Circular to Secondary Education Committee, 1906
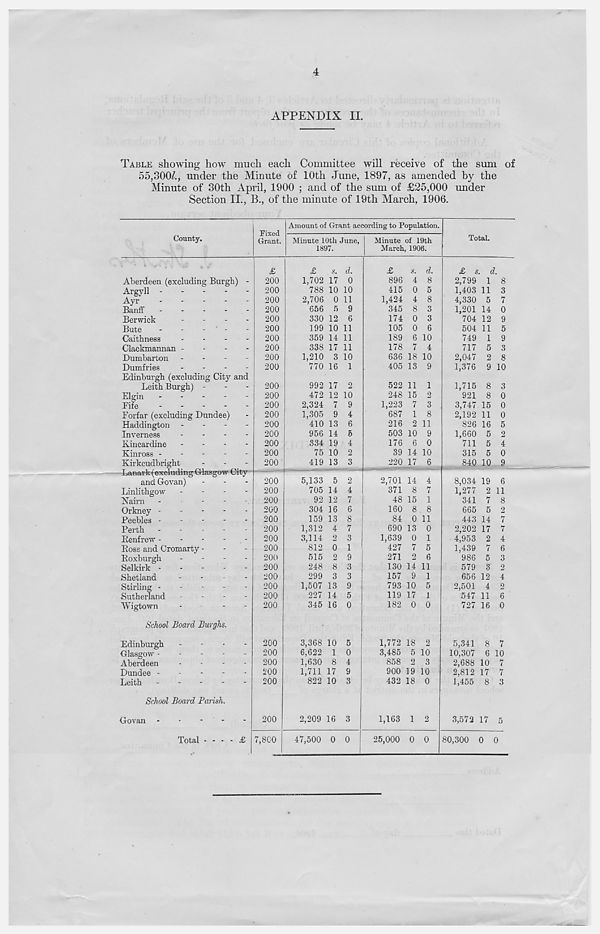
4
APPENDIX II.
TABLE showing how much each Committee will receive of the sum of
55,300£, under the Minute of 10th June, 1897, as amended by the
Minute of 30th April, 1900 ; and of the sum of £25,000 under
Section II., B., of the minute of 19th March, 1906.
County.
Fixed
Grant.
Amount of Grant according to Population.
Minute 10th June,
1897.
Minute of 19th
March, 1906.
Total.
Aberdeen (excluding Burgh) -
Argyll
Ayr
Banff
-
-
-
-
-
Berwick
-
-
-
-
Bute
-
-
-
-
Caithness
-
-
-
-
Clackmannan -
-
-
-
Dumbarton -
-
-
-
Dumfries
...
-
Edinburgh (excluding City and
Leith Burgh) -
Elgin
Life
Forfar (excluding Dundee)
Haddington -
-
-
-
Inverness
-
-
-
-
Kincardine -
-
-
-
Kinross -
-
-
-
-
Kirkcudbright
Lanark (excluding Glasgow City
and Govan)
Linlithgow
Nairn -
•
-
-
Orkney -
-
-
-
Peebles -
-
-
-
Perth .
-
.
-
Benfrew -
-
-
-
Boss and Cromarty -
Boxburgh
Selkirk -
-
-
-
Shetland
Stirling -
-
-
-
Sutherland
Wigtown
School Board Burghs.
Edinburgh
Glasgow -
Aberdeen
Dundee -
Leith
School Board Parish.
Govan
Total
£
200
200
200
200
200
200
200
200
200
200
200
200
200
200
200
200
200
200
200
200
200
200
200
200
200
200
200
200
200
200
200
200
200
200
200
200
200
200
200
7,800
£
1,702
788
2,706
656
330
199
359
338
1.210
770
s.
17
d.
0
10 10
0 11
5
12
10 11
14 11
17
3
16
11
10
1
992 17 2
472 12 10
2,324 7
1,305 9
410 13
956 14
334 19
75 10
419 13
5,133 5 2
705 14 4
92 12 7
304 16 6
159 13 8
1,312 4 7
3,114 2 3
812 0 1
515 2 9
248 8
299 3
1,507 13
227 14
345 16 0
3,368 10
6,622 1
1,630 8
1,711 17
822 10
2,209 16 3
d.
£
s.
896 4
415 0
1,424 4
345 8
174 0
105 0
189 6 10
178 7 4
636 18 10
405 13 9
522 11 1
248 15 2
1,223 7 3
687 1 8
216 2 11
503 10 9
176 6 0
39 14 10
220 17 6
47,500 0 0
2,701 14 4
371 8 7
48 15 1
160 8 8
84 0 11
690 13 0
1,639 0 1
427 7 5
271 2 6
130 14 11
157 9 1
793 10 5
119 17 1
182 0 0
1,772 18 2
3,485 5 10
858 2 3
900 19 10
432 18 0
1,163 1 2
25,000 0 0
£ s. d.
2,799 1 8
1,403 11 3
4,330 5 7
1,201 14 0
704 12 9
504 11
749 1
717 5
2,047 2
8,034
1,277
341
665
443
2,202
4,953
1,439
986
579
656
2,501
547
727
1,376 9 10
1,715 8 3
921 8 0
3,747 15 0
2,192 11 0
826 16 5
1,660 5
711 5
315 5
840 10
19 6
2 11
7 8
5
14
17
2
7
5
3
12
4
11
16 0
5,341 8 7
10,307 6 10
2,688 10 7
2,812 17 7
1,455 8 3
3,572 17 5
80,300 0 0